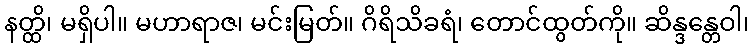
နတ္ထိ၊ မရှိပါ။ မဟာရာဇ၊ မင်းမြတ်။ ဂိရိသိခရံ၊ တောင်ထွတ်ကို။ ဆိန္ဒန္တေဝါ၊